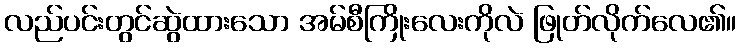
လည်ပင်းတွင်ဆွဲထားသော အမ်စီကြိုးလေးကိုလဲ ဖြုတ်လိုက်လေ၏။